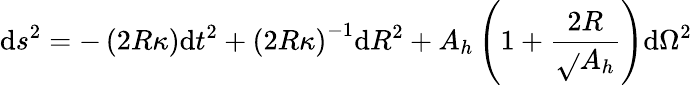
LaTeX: \mathrm{d}s^{2}=-\left({2R\kappa}\right)\mathrm{d}t^{2}+\left(2R\kappa\right)^{-1}\mathrm{d}R^{2}+A_{h}\left(1+{\frac{{2R}}{{\sqrt{}{{A_{h}}}}}}\right)\mathrm{d}\Omega^{2}